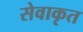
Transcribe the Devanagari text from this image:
सेवाकृत